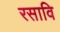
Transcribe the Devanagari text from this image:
रसावि